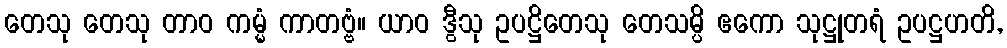
တေသု တေသု တာဝ ကမ္မံ ကာတဗ္ဗံ။ ယာဝ ဒွီသု ဥပဋ္ဌိတေသု တေသမ္ပိ ဧကော သုဋ္ဌုတရံ ဥပဋ္ဌဟတိ,